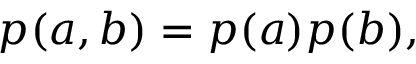
\begin{array} { r } { p ( a , b ) = p ( a ) p ( b ) , } \end{array}